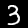
Label: 3